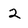
Character: 2